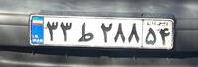
۳۳ط۲۸۸۵۴